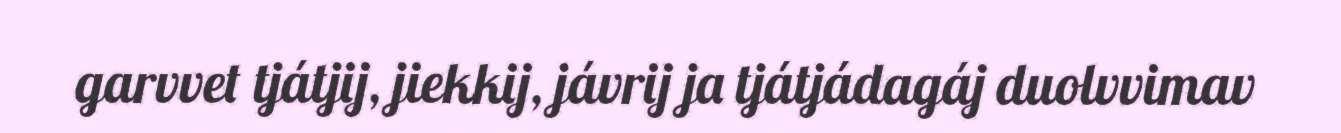
garvvet tjátjij, jiekkij, jávrij ja tjátjádagáj duolvvimav